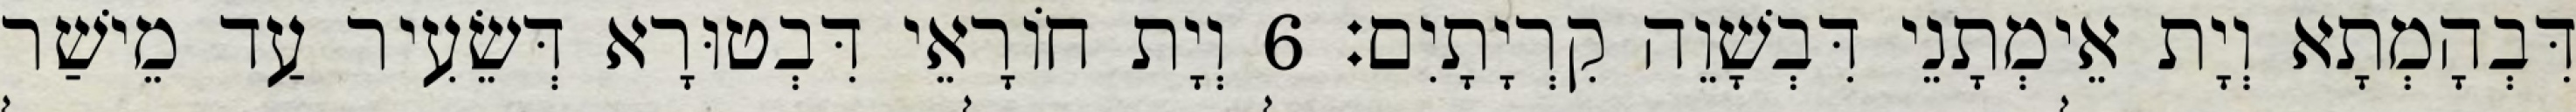
דִּבְהָמְתָא וְיָת אֵימְתָנֵי דִּבְשָׁוֵה קִרְיָתָיִם׃ 6 וְיָת חוֹרָאֵי דִּבְטוּרָא דְּשֵׂעִיר עַד מֵישַׁר